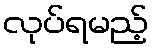
လုပ်ရမည့်